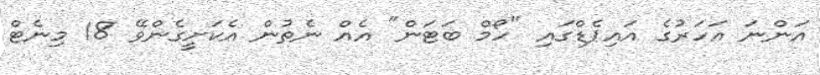
އަންނަ އަހަރުގެ އައިޕެޑްގައި "ހޯމް ބަޓަން" އެއް ނެތުން އެކަށީގެންވޭ 18 މިނެޓް